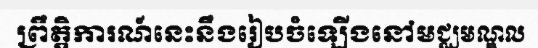
ព្រឹត្តិការណ៍នេះនឹងរៀបចំឡើងនៅមជ្ឈមណ្ឌល